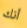
أنك